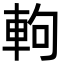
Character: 軥